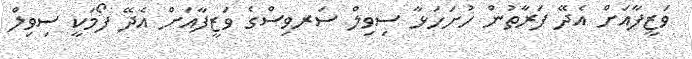
ވަޒީފާއަށް އެދޭ ފަރާތުން ހުށަހަޅާ ސިވިލް ސަރވިސްގެ ވަޒީފާއަށް އެދޭ ފޯމަކީ ސިވިލް